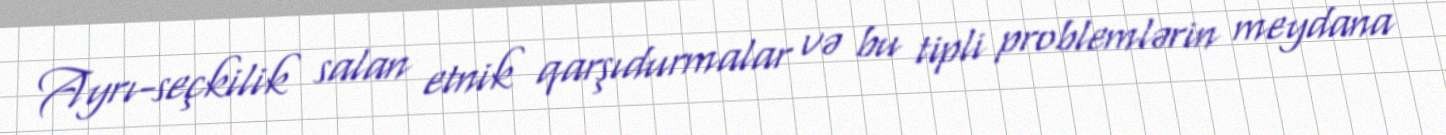
Ayrı-seçkilik salan etnik qarşıdurmalar və bu tipli problemlərin meydana